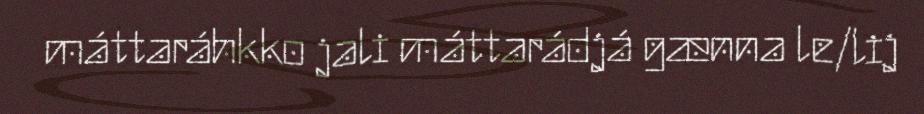
máttaráhkko jali máttarádjá gænna le/lij